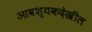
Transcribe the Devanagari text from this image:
आवश्यकदेखील